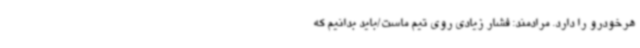
هرخودرو را دارد. مرادمند: فشار زیادی روی تیم ماست/باید بدانیم که